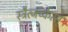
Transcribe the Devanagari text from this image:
स्त्रैत्जच्केत्स्